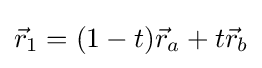
{\vec {r}}_{1}=(1-t){\vec {r}}_{a}+t{\vec {r}}_{b}